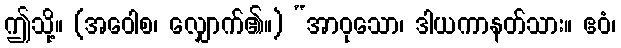
ဤသို့။ (အဝေါစ၊ လျှောက်၏။) “အာဝုသော၊ ဒါယကာနတ်သား။ ဧဝံ၊